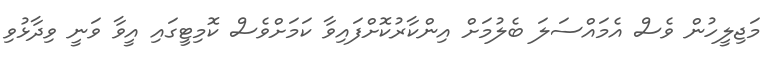
މަޖިލީހުން ވެސް އެމައްސަލަ ބެލުމަށް އިންކާރުކޮށްފައިވާ ކަމަށްވެސް ކޮމިޓީގައި އީވާ ވަނީ ވިދާޅުވި